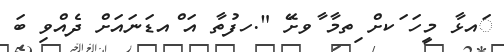
ައޅާ މީހަ ަކށް ިތމާ ާވށޭަ ".ހފުތާ އަ ްއޑަނައަށް ދެއްވި ބަ